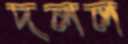
দলল